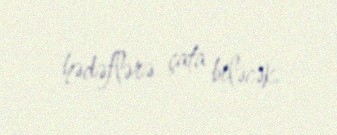
hədəflərə çata biləcək.